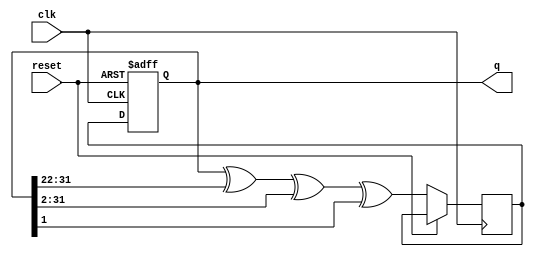
module top_module(
    input clk,
    input reset,    // Active-high synchronous reset to 32'h1
    output [31:0] q
); 

    reg [31:0] state;
    reg [31:0] next_state;

    always @(posedge clk or posedge reset) begin
        if (reset) begin
            state <= 32'h1;
        end else begin
            next_state <= state ^ (state >> 22) ^ (state >> 2) ^ state[1];
            state <= next_state;
        end
    end

    assign q = state;

endmodule